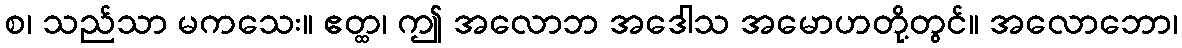
စ၊ သည်သာ မကသေး။ ဧတ္ထ၊ ဤ အလောဘ အဒေါသ အမောဟတို့တွင်။ အလောဘော၊